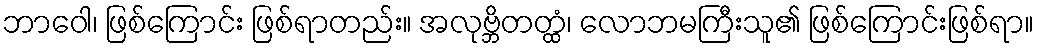
ဘာဝေါ၊ ဖြစ်ကြောင်း ဖြစ်ရာတည်း။ အလုဗ္ဘိတတ္ထံ၊ လောဘမကြီးသူ၏ ဖြစ်ကြောင်းဖြစ်ရာ။